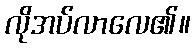
လိုအပ်လာလေ၏။